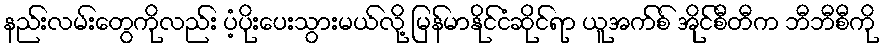
နည်းလမ်းတွေကိုလည်း ပံ့ပိုးပေးသွားမယ်လို့ မြန်မာနိုင်ငံဆိုင်ရာ ယူအက်စ် အိုင်စီတီက ဘီဘီစီကို